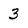
Character: 3